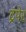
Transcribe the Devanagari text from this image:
ट्रंपेर